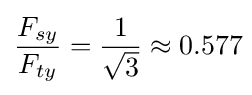
{\frac {F_{sy}}{F_{ty}}}={\frac {1}{\sqrt {3}}}\approx 0.577\!